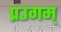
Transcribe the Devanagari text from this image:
प्रउगम्